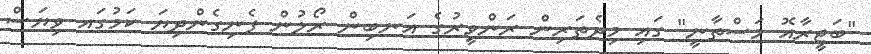
"ބަޖީރާއޮ މަސްތާނީ" ގައި މިދެތަރިން ރަންވީރުގެ އަނބިން ރޯލުން ފެނިގެންދިޔަ ކަމުގައ ވިޔަސް